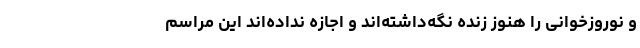
و نوروزخوانی را هنوز زنده نگه‌داشته‌اند و اجازه نداده‌اند این مراسم